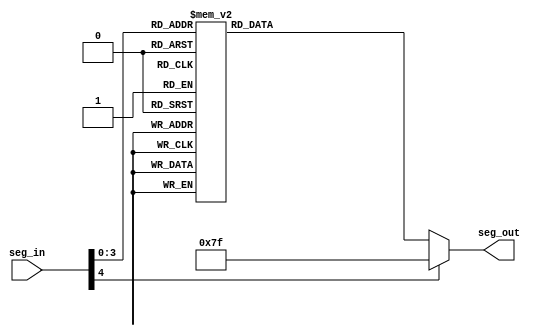
module seven_seg5(seg_in, seg_out);
 //declaring inputs and outputs
 input[4:0] seg_in;
 output[6:0] seg_out;
 reg[6:0] seg_out;
 
 //loop for sensitivity list
 always @ (seg_in)
 begin //mapping inputs to the display leds begins
//'0' turns LED On and '1' turns LED Off
  case(seg_in)
   5'b00000:
   begin
    seg_out=7'b0000001;
    //displays '0'
   end
   5'b00001:
   begin
    seg_out=7'b1001111;
    //displays '1'
   end
   5'b00010:
   begin
    seg_out=7'b0010010;
    //displays '2'
   end
   5'b00011:
   begin
    seg_out=7'b0000110;
    //displays '3'
   end
   5'b00100:
   begin
    seg_out=7'B1001100;
    //displays '4'
   end
   5'b00101:
   begin
    seg_out=7'b0100100;
    //displays '5'
   end
   5'b00110:
   begin
    seg_out=7'b0100000;
    //displays '6'
   end
   5'b00111:
   begin
    seg_out=7'b0001111;
    //displays '7'
   end
   5'b01000:
   begin
    seg_out=7'b0000000;
    //displays '8'
   end
   5'b01001:
   begin
    seg_out=7'b0000100;
    //displays '9'
   end
   5'b01010:
   begin
    seg_out=7'b0000010;
    //displays 'a'
   end
   5'b01011:
   begin
    seg_out=7'b1100000;
    //displays 'b'
   end
   5'b01100:
   begin
    seg_out=7'b0110001;
    //displays 'C'
   end
   5'b01101:
   begin
    seg_out=7'b1000010;
    //displays 'd'
   end
   5'b01110:
   begin
    seg_out=7'b0010000;
    //displays 'e'
   end
   5'b01111:
   begin
    seg_out=7'b0111000;
    //displays 'F'
   end
   default:
   begin
    seg_out=7'b1111111;
   end
  endcase
 end
endmodule